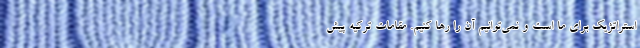
استراتژیک برای ما است و نمی‌توانیم آن را رها کنیم. مقامات ترکیه پیش